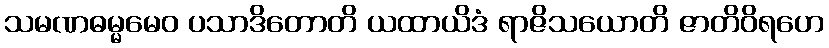
သမဏဓမ္မမေဝ ပသာဒိတောတိ ယထာယိဒံ ရာဇိသယောတိ ဇာတိဝိရဟေ